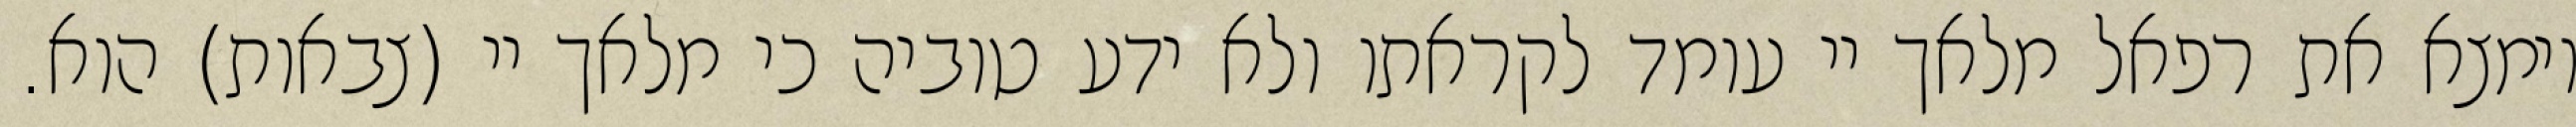
וימצא את רפאל מלאך יי עומד לקראתו ולא ידע טוביה כי מלאך יי (צבאות) הוא.